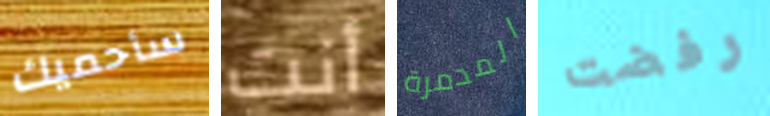
سأحميك أنت المدمرة رفضت